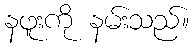
နဖူးကို နမ်းသည်။